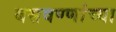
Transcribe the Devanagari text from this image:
बसवण्णांच्या